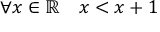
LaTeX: \forall x \in \mathbb { R } \quad x < x + 1